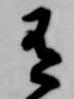
有